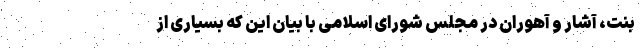
بنت، آشار و آهوران در مجلس شورای اسلامی با بیان این که بسیاری از